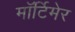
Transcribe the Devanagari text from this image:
माॅर्टिमेर